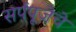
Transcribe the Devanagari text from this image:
सर्पपूजेचे